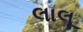
લાલૂ